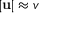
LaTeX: | \mathbf { u } | \approx v